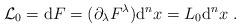
LaTeX: \begin{align*} {\cal L}_0 = {\rm d}F = (\partial_\lambda F^\lambda ) \mbox{\rm d}^n x = L_0 \mbox{\rm d}^n x \ .\end{align*}